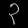
Digit: ၃